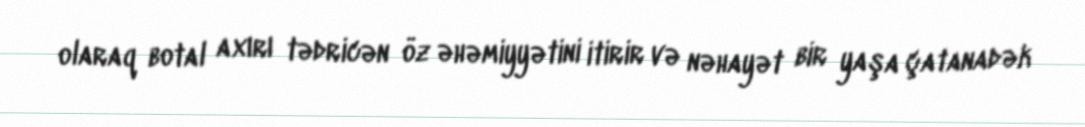
olaraq botal axırı tədricən öz əhəmiyyətini itirir və nəhayət bir yaşa çatanadək